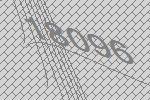
18096